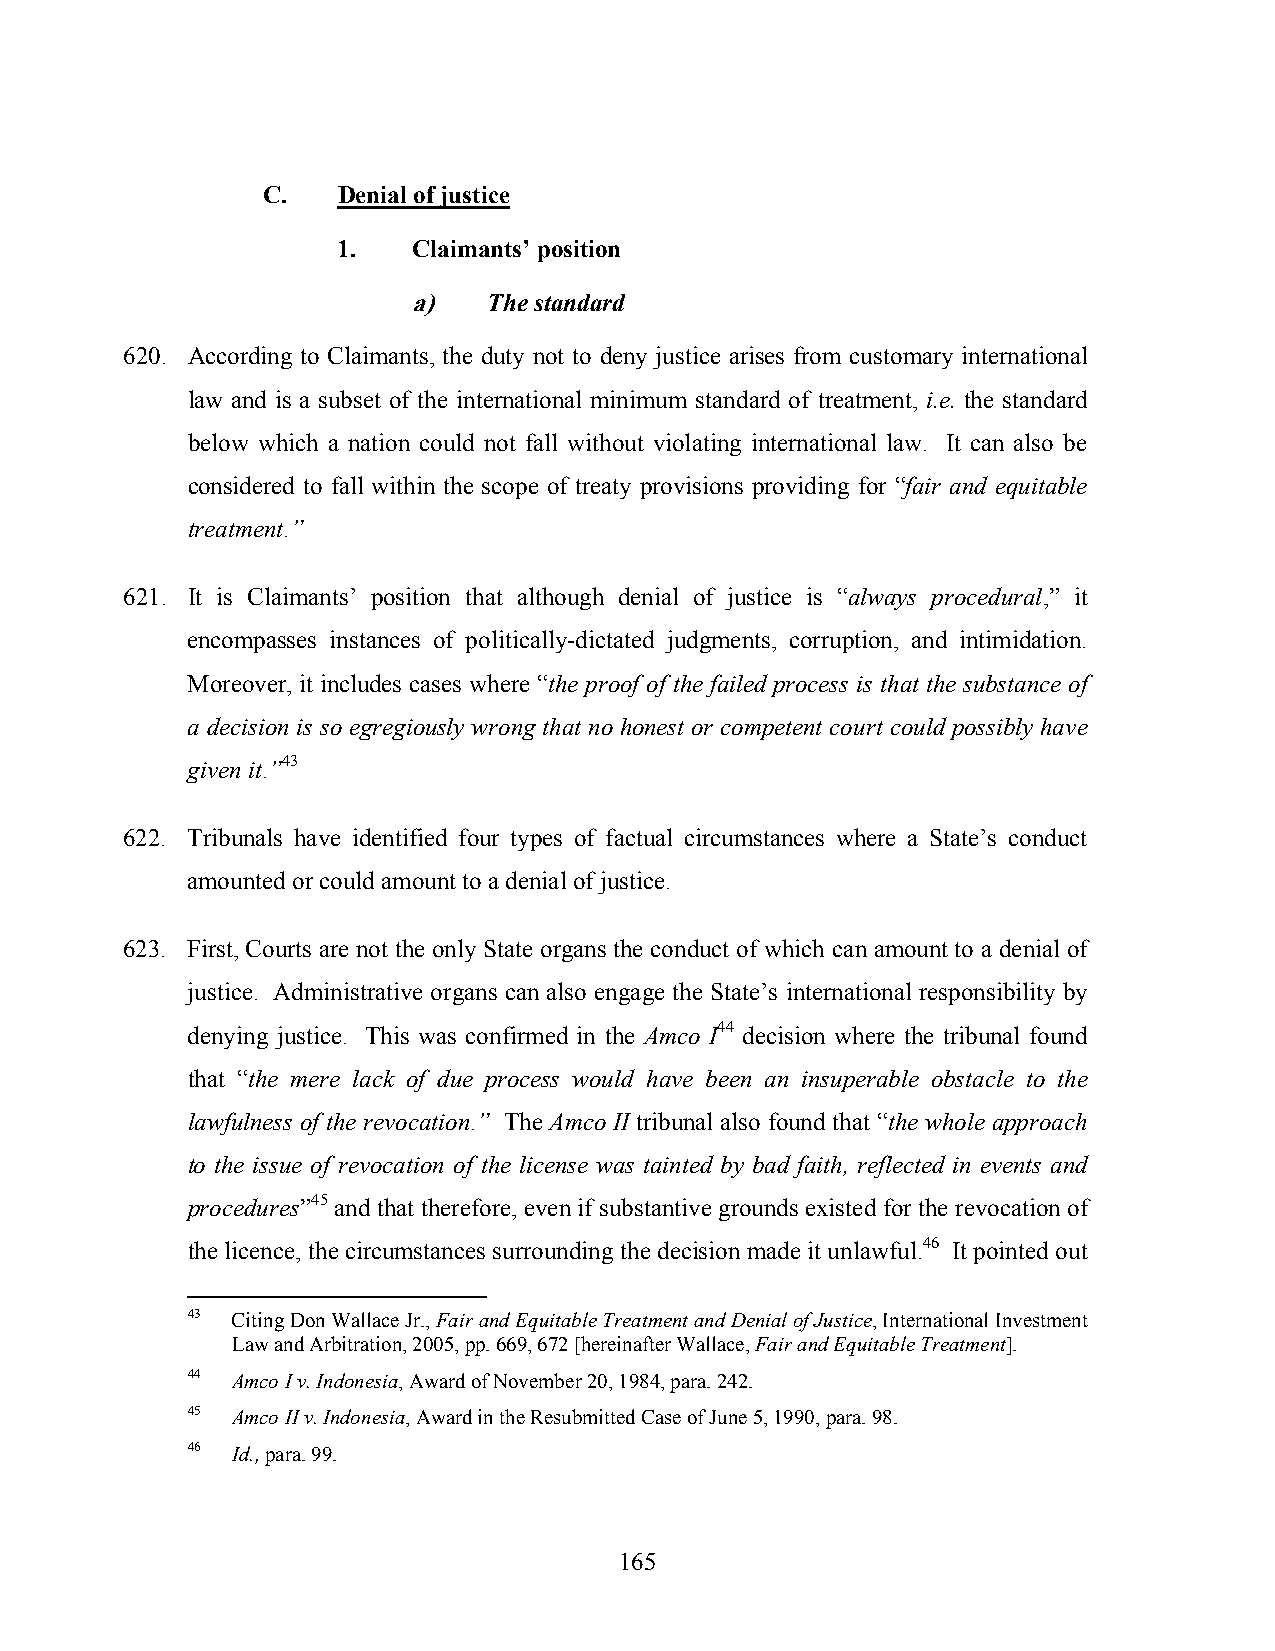
C.   Denial of justice
 1.   Claimants’ position
 a)   The standard
 620. According to Claimants, the duty not to deny justice arises from customary international
 law and is a subset of the international minimum standard of treatment, i.e. the standard
 below which a nation could not fall without violating international law. It can also be
 considered to fall within the scope of treaty provisions providing for “fair and equitable
 treatment.”
 621. It is Claimants’ position that although denial of justice is “always procedural,” it
 encompasses instances of politically-dictated judgments, corruption, and intimidation.
 Moreover, it includes cases where “the proof of the failed process is that the substance of
 a decision is so egregiously wrong that no honest or competent court could possibly have
 given it.”43
 622. Tribunals have identified four types of factual circumstances where a State’s conduct
 amounted or could amount to a denial of justice.
 623. First, Courts are not the only State organs the conduct of which can amount to a denial of
 justice. Administrative organs can also engage the State’s international responsibility by
 denying justice. This was confirmed in the Amco I44 decision where the tribunal found
 that “the mere lack of due process would have been an insuperable obstacle to the
 lawfulness of the revocation.” The Amco II tribunal also found that “the whole approach
 to the issue of revocation of the license was tainted by bad faith, reflected in events and
 procedures”45 and that therefore, even if substantive grounds existed for the revocation of
 the licence, the circumstances surrounding the decision made it unlawful.46 It pointed out
 43 Citing Don Wallace Jr., Fair and Equitable Treatment and Denial of Justice, International Investment
 Law and Arbitration, 2005, pp. 669, 672 [hereinafter Wallace, Fair and Equitable Treatment].
 44 Amco I v. Indonesia, Award of November 20, 1984, para. 242.
 45 Amco II v. Indonesia, Award in the Resubmitted Case of June 5, 1990, para. 98.
 46 Id., para. 99.
 165